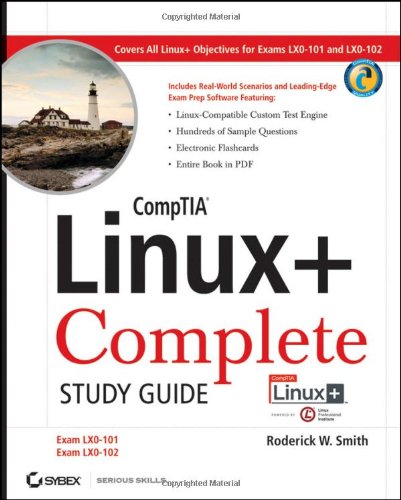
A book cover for CompTIA Linux+ Complete Study Guide Authorized Courseware: Exams LX0-101 and LX0-102; Roderick W. Smith; Computers & Technology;